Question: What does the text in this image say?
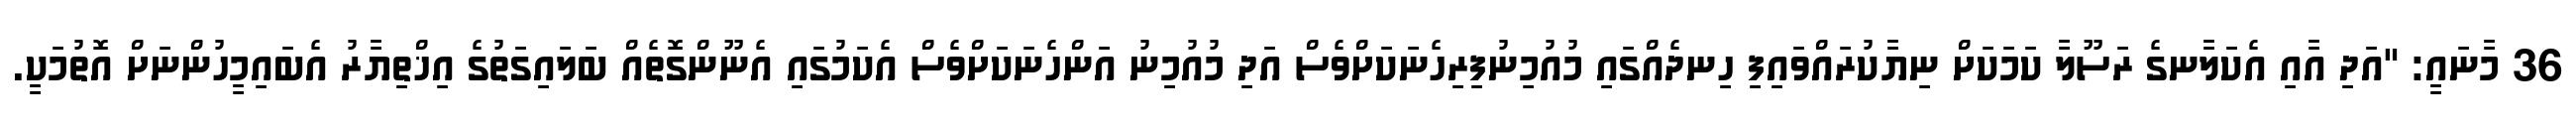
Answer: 36 މާނައީ: "އަދި އާއި އެކަލާނގެ ރަސޫލާ ކަމަކަށް ނިޔާކުރައްވައިފި ހިނދެއްގައި މުއުމިނުފިރިހެނަކަށްވެސް އަދި މުއުމިނު އަންހެނަކަށްވެސް އެކަމުގައި އެނޫންގޮތެއް ބަލައިގަތުގެ އިޚްތިޔާރު އެބައިމީހުންނަށް އޮތުމަކީ.